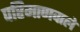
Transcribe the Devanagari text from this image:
परिमाणवाले